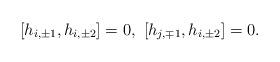
LaTeX: \begin{align*} [h_{i,\pm 1},h_{i,\pm 2}]=0,\ [h_{j,\mp 1},h_{i,\pm 2}]=0.\end{align*}